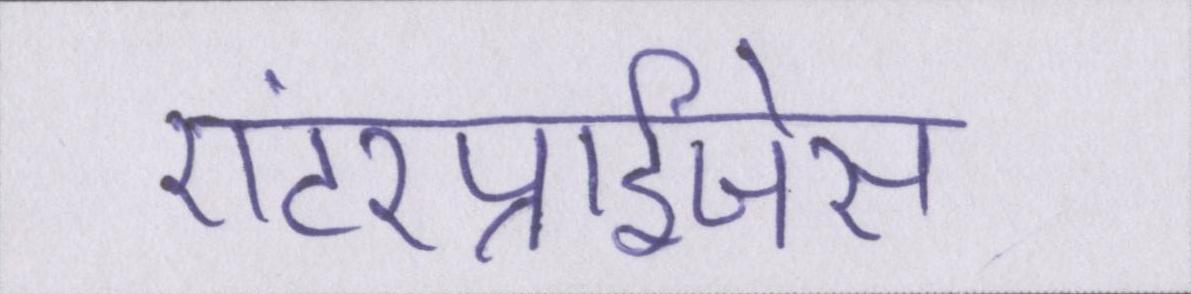
एंटरप्राईजेस